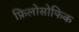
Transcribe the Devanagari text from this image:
फ़िलोसोफिक